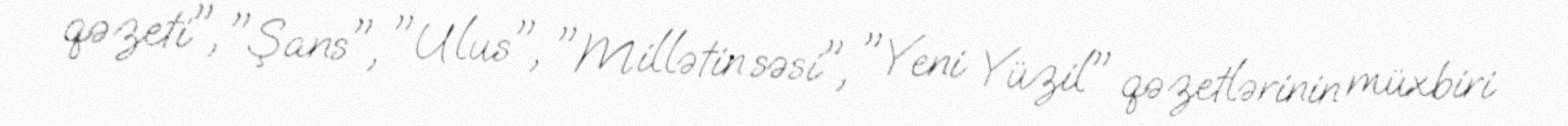
qəzeti", "Şans", "Ulus", "Millətin səsi", "Yeni Yüzil" qəzetlərinin müxbiri